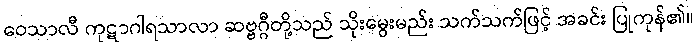
ဝေသာလီ ကုဋာဂါရသာလာ ဆဗ္ဗဂ္ဂီတို့သည် သိုးမွေးမည်း သက်သက်ဖြင့် အခင်း ပြုကုန်၏။